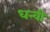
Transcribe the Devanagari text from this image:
धन्वी